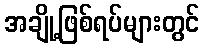
အချို့ဖြစ်ရပ်များတွင်